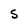
Character: 5